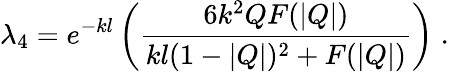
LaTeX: \lambda_{4}=e^{-kl}\left(\frac{6k^{2}QF(|Q|)}{kl(1-|Q|)^{2}+F(|Q|)}\right)\; .